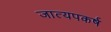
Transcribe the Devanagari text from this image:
जात्यपकर्ष